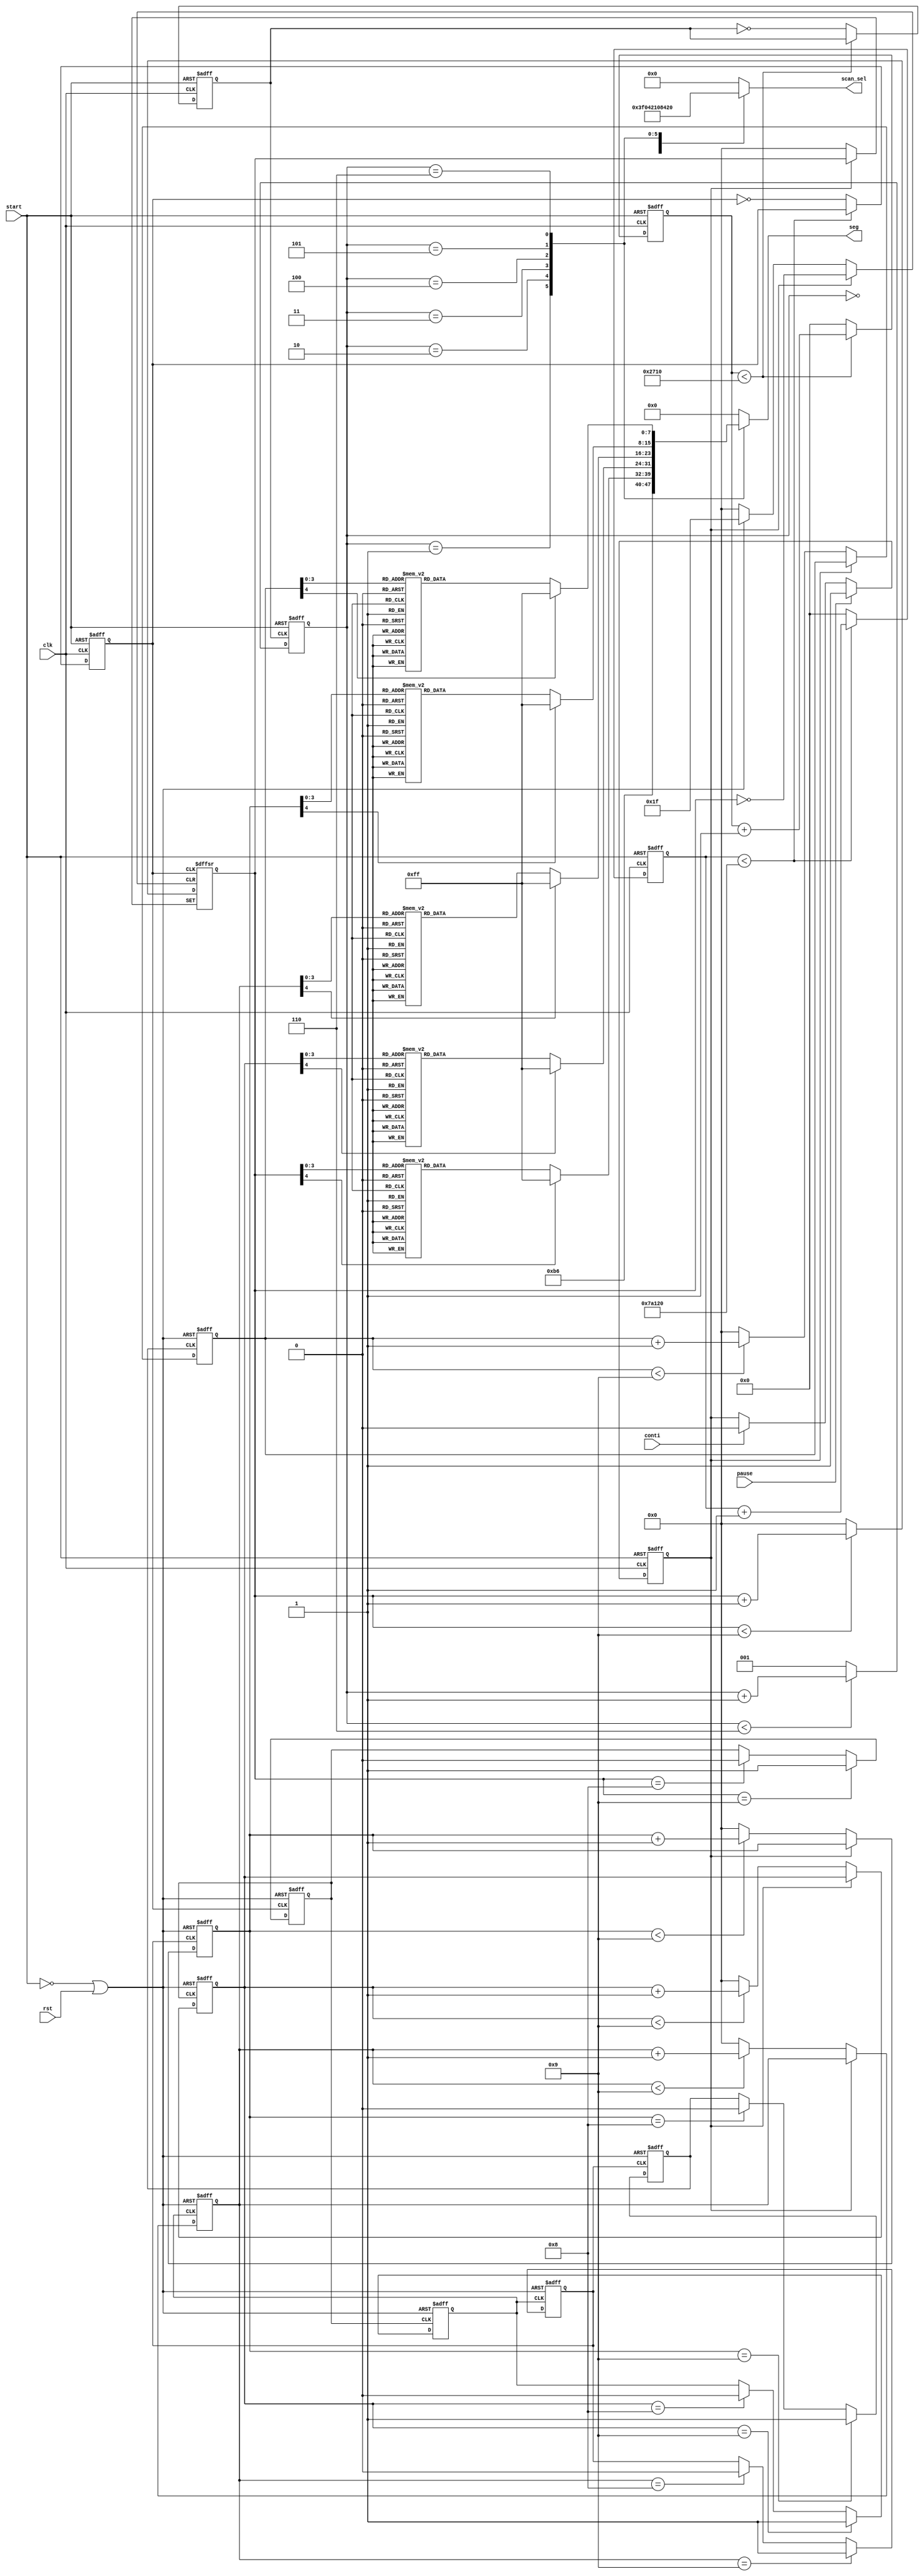
module main(
input clk,
input start,
input rst,
input pause,
input conti,
output reg [5:0] scan_sel,///an
output reg [7:0] seg
 );
reg clkout;
reg clkout_0;
reg clkout_1;
reg clkout_2;
reg clkout_3;
reg clkout_4;
reg clkout_5;
reg [19:0] counterclk;
reg [19:0] counterclk_1;
reg rst_all;
reg stop;
parameter total=500000;
reg [2:0] sel;
reg [7:0] seg_0;
reg [4:0] seg_1;
reg [4:0] seg_2;
reg [4:0] seg_3;
reg [4:0] seg_4;
reg [4:0] seg_5;

reg [7:0] seg_out_0;
reg [7:0] seg_out_1;
reg [7:0] seg_out_2;
reg [7:0] seg_out_3;
reg [7:0] seg_out_4;
reg [7:0] seg_out_5;
///////////////////////rst_all
always @(*)
	begin
		rst_all= (~start) || rst;
	end

		
///////////////////////Ƶ
always @(posedge clk, negedge start)
	begin
		if(~start)
			begin
				counterclk<=0;
				clkout<=0;
			end
		else if (counterclk < total)
				begin
					counterclk<=counterclk+1;
				end
		else
			begin
				counterclk<=0;
				clkout<= ~clkout;    //õһ100hzʱ
			end			
	end
always @(posedge clk, negedge start)
	begin
		if(~start)
			begin
				counterclk_1<=0;
				clkout_0<=0;
			end
		else if (counterclk_1 < 10000)
				begin
					counterclk_1<=counterclk_1+1;
				end
		else
			begin
				counterclk_1<=0;
				clkout_0<= ~clkout_0;    //õһ0.5mhzʱ
			end			
	end

////////////////////////////ͣźţλ㣬pauseͣconti
always @(posedge clk,negedge start)
	begin
		if(~start)
			stop<=0;
	    else if(pause)
			stop<=1;
		else if(conti)
			stop<=0;
	end
///////////////////////	6ѡһ
always @(posedge clkout_0, negedge start)
	begin
		if(~start)
			begin
				sel<=7;
			end
		else if(sel<6)
			begin
				sel<=sel+1;
			end	
		else
			begin
				sel<=1;
			end	
	end
///////////////////////·
always @(*)
	begin
		case(sel)
		0		:scan_sel=6'b111111;
		1		:scan_sel=6'b000001;
		2		:scan_sel=6'b000010;
		3		:scan_sel=6'b000100;
		4		:scan_sel=6'b001000;
		5		:scan_sel=6'b010000;
		6		:scan_sel=6'b100000;
		default :scan_sel=6'b000000;
		endcase
	end
////////////////////////һλ
always @(*)
	begin
		seg_0 = 8'b10110110;//s signal
	end
///////////////////////ڶλ
always @(posedge clkout, posedge rst_all, posedge stop)
	begin
		if(rst_all)
		begin
			seg_1<=0;
			//clkout_1<=0;
		end
		else if(stop)
			seg_1<=seg_1;
		else if(seg_1<9)
			seg_1<=seg_1+1;
		else
			begin
			//clkout_1<=~clkout_1;
			seg_1<=0;
			end
	end
always @(posedge clkout, posedge rst_all)
	begin
		if(rst_all)
		begin
			clkout_1<=1;
		end
		else if(seg_1==9)
			clkout_1<=1;
		else if(seg_1==8)
			clkout_1<=0;
	end
//////////////////////λ
always @(posedge clkout_1, posedge rst_all)
	begin
		if(rst_all)
		begin
			seg_2<=0;
			//clkout_2<=0;
		end
		else if(stop)
			seg_2<=seg_2;
		else if(seg_2<9)
			seg_2<=seg_2+1;
		else
			begin
			//clkout_2<=~clkout_2;
			seg_2<=0;
			end
	end
always @(posedge clkout_1, posedge rst_all)
	begin
		if(rst_all)
		begin
			clkout_2<=1;
		end
		else if(seg_2==9)
			clkout_2<=1;
		else if(seg_2==8)
			clkout_2<=0;
	end
////////////////////λ
always @(posedge clkout_2, posedge rst_all)
	begin
		if(rst_all)
		begin
			seg_3<=0;
			//clkout_3<=0;
		end
		else if(stop)
			seg_3<=seg_3;
		else if(seg_3<9)
			seg_3<=seg_3+1;
		else
			begin
			//clkout_3<=~clkout_3;
			seg_3<=0;
			end
	end
always @(posedge clkout_2, posedge rst_all)
	begin
		if(rst_all)
		begin
			clkout_3<=1;
		end
		else if(seg_3==9)
			clkout_3<=1;
		else if(seg_3==8)
			clkout_3<=0;
	end	
////////////////////λ
always @(posedge clkout_3, posedge rst_all)
	begin
		if(rst_all)
		begin
			seg_4<=0;
			//clkout_4<=0;
		end
		else if(stop)
			seg_4<=seg_4;
		else if(seg_4<9)
			seg_4<=seg_4+1;
		else
			begin
			//clkout_4<=~clkout_4;
			seg_4<=0;
			end
	end
always @(posedge clkout_3, posedge rst_all)
	begin
		if(rst_all)
		begin
			clkout_4<=1;
		end
		else if(seg_4==9)
			clkout_4<=1;
		else if(seg_4==8)
			clkout_4<=0;
	end	
////////////////////////λ
always @(posedge clkout_4, posedge rst_all)
	begin
		if(rst_all)
		begin
			seg_5<=0;
			//clkout_5<=0;
		end
		else if(stop)
			seg_5<=seg_5;
		else if(seg_5<9)
			seg_5<=seg_5+1;
		else
			begin
			//clkout_5<=~clkout_5;
			seg_5<=0;
			end
	end
always @(posedge clkout_4, posedge rst_all)
	begin
		if(rst_all)
		begin
			clkout_5<=1;
		end
		else if(seg_5==9)
			clkout_5<=1;
		else if(seg_5==8)
			clkout_5<=0;
	end		
////////////////////////ʮת߶		
always @(*)
	begin
		seg_out_0=seg_0;
	end
always @(*)
	begin
		case(seg_1)
		0		:seg_out_1=8'b11111100;
		1		:seg_out_1=8'b01100000;
		2		:seg_out_1=8'b11011010;
		3		:seg_out_1=8'b11110010;
		4		:seg_out_1=8'b01100110;
		5		:seg_out_1=8'b10110110;
		6		:seg_out_1=8'b10111110;
		7		:seg_out_1=8'b11100000;
		8		:seg_out_1=8'b11111110;
		9		:seg_out_1=8'b11110110;
		default :seg_out_1=8'b11111111;
		endcase
	end
always @(*)
	begin
		case(seg_2)
		0		:seg_out_2=8'b11111100;
		1		:seg_out_2=8'b01100000;
		2		:seg_out_2=8'b11011010;
		3		:seg_out_2=8'b11110010;
		4		:seg_out_2=8'b01100110;
		5		:seg_out_2=8'b10110110;
		6		:seg_out_2=8'b10111110;
		7		:seg_out_2=8'b11100000;
		8		:seg_out_2=8'b11111110;
		9		:seg_out_2=8'b11110110;
		default :seg_out_2=8'b11111111;
		endcase
	end
always @(*)
	begin
		case(seg_3)
		0		:seg_out_3=8'b11111101;
		1		:seg_out_3=8'b01100001;
		2		:seg_out_3=8'b11011011;
		3		:seg_out_3=8'b11110011;
		4		:seg_out_3=8'b01100111;
		5		:seg_out_3=8'b10110111;
		6		:seg_out_3=8'b10111111;
		7		:seg_out_3=8'b11100001;
		8		:seg_out_3=8'b11111111;
		9		:seg_out_3=8'b11110111;
		default :seg_out_3=8'b11111111;
		endcase
	end
always @(*)
	begin
		case(seg_4)
		0		:seg_out_4=8'b11111100;
		1		:seg_out_4=8'b01100000;
		2		:seg_out_4=8'b11011010;
		3		:seg_out_4=8'b11110010;
		4		:seg_out_4=8'b01100110;
		5		:seg_out_4=8'b10110110;
		6		:seg_out_4=8'b10111110;
		7		:seg_out_4=8'b11100000;
		8		:seg_out_4=8'b11111110;
		9		:seg_out_4=8'b11110110;
		default :seg_out_4=8'b11111111;
		endcase
	end
always @(*)
	begin
		case(seg_5)
		0		:seg_out_5=8'b11111100;
		1		:seg_out_5=8'b01100000;
		2		:seg_out_5=8'b11011010;
		3		:seg_out_5=8'b11110010;
		4		:seg_out_5=8'b01100110;
		5		:seg_out_5=8'b10110110;
		6		:seg_out_5=8'b10111110;
		7		:seg_out_5=8'b11100000;
		8		:seg_out_5=8'b11111110;
		9		:seg_out_5=8'b11110110;
		default :seg_out_5=8'b11111111;
		endcase
	end

always @(*)
	begin
		case(sel)
		1		:seg=seg_out_0;
		2		:seg=seg_out_1;
		3		:seg=seg_out_2;
		4		:seg=seg_out_3;
		5		:seg=seg_out_4;
		6		:seg=seg_out_5;
		default :seg=8'b0;
		endcase
	end
endmodule